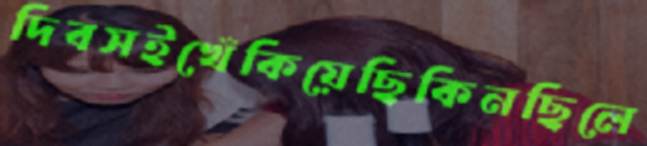
দিবসইখেঁকিয়েছিকিনছিলে